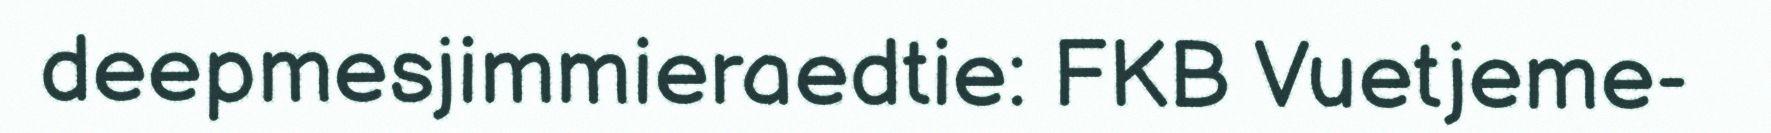
deepmesjimmieraedtie: FKB Vuetjeme-